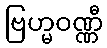
ဗြဟ္မဝဏ္ဏီ